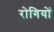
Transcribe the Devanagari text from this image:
राेगियों